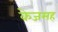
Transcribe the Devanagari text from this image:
केजसह